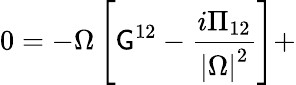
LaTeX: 0=-\Omega\left[\mathsf{G}^{12}-\frac{{i\Pi_{12}}}{{\left|\Omega\right|^{2}}}\right]+